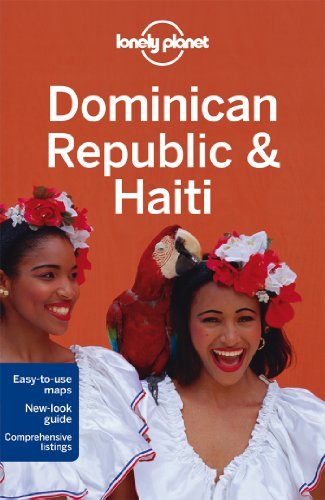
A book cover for By Paul Clammer Lonely Planet Dominican Republic & Haiti (Travel Guide) (5th Edition); Travel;